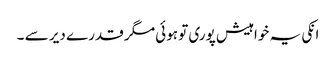
انکی یہ خواہیش پوری تو ہوئی مگر قدرے دیر سے ۔